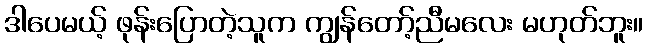
ဒါပေမယ့် ဖုန်းပြောတဲ့သူက ကျွန်တော့်ညီမလေး မဟုတ်ဘူး။